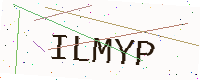
Text: ILMYP